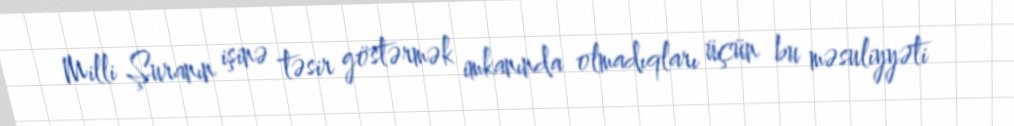
Milli Şuranın işinə təsir göstərmək imkanında olmadıqları üçün bu məsuliyyəti